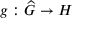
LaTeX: g : { \widehat { G } } \rightarrow H